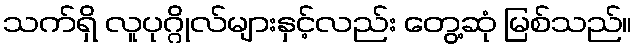
သက်ရှိ လူပုဂ္ဂိုလ်များနှင့်လည်း တွေ့ဆုံ မြစ်သည်။